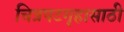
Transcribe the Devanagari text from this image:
चित्रपटगृहासाठी